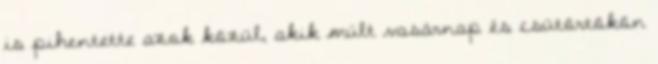
is pihentette azok közül, akik múlt vasárnap és csütörtökön